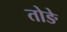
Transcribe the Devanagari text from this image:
तोङे